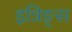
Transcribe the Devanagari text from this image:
इन्निङ्स